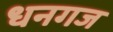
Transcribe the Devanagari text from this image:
धनगज